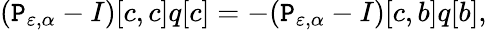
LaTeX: (\mathtt{P}_{\varepsilon,\alpha}-I)[c,c]q[c]=-(\mathtt{P}_{\varepsilon,\alpha}-I)[c,b]q[b],